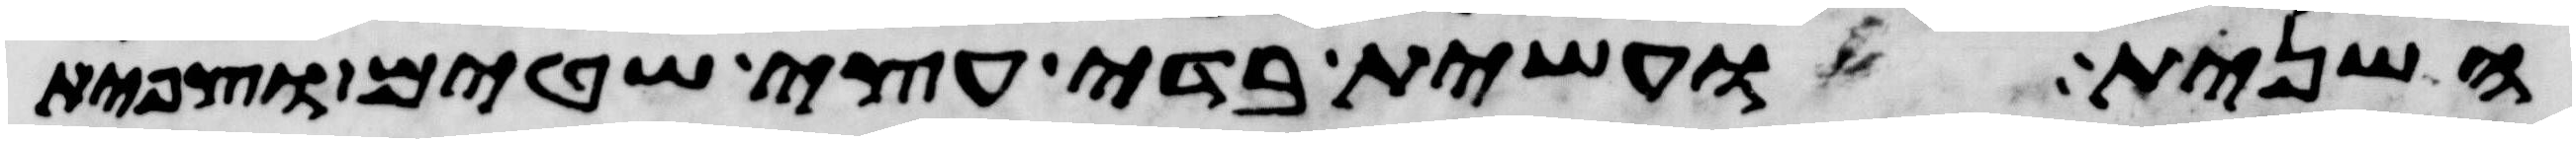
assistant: השני ועשית בדי עצי שטים וצפית